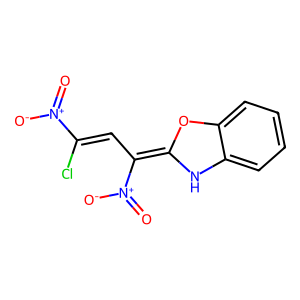
SMILES: O=[N+]([O-])C(Cl)=CC(=C1Nc2ccccc2O1)[N+](=O)[O-]
Inhibits HIV replication: No